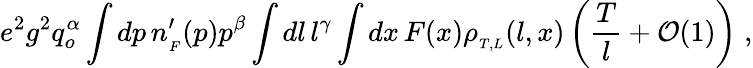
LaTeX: e^{2}g^{2}q_{o}^{\alpha}\int dp\, n_{_{F}}^{\prime}(p)p^{\beta}\int dl\, l^{\gamma}\int dx\, F(x)\rho_{_{T,L}}(l,x)\left({\frac{T}{l}}+{\cal O}(1)\right)\; ,